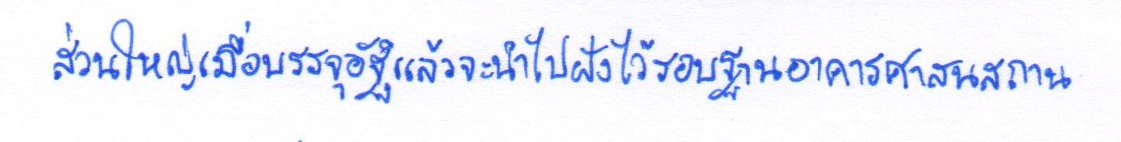
ส่วนใหญ่เมื่อบรรจุอัฐิแล้วจะนำไปฝังไว้รอบฐานอาคารศาสนสถาน